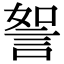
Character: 𧧏